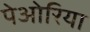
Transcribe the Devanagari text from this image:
पेओरिया